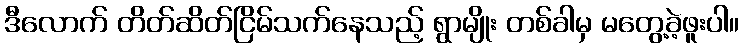
ဒီလောက် တိတ်ဆိတ်ငြိမ်သက်နေသည့် ရွာမျိုး တစ်ခါမှ မတွေ့ခဲ့ဖူးပါ။